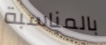
بالمناسبة